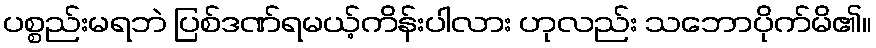
ပစ္စည်းမရဘဲ ပြစ်ဒဏ်ရမယ့်ကိန်းပါလား ဟုလည်း သဘောပိုက်မိ၏။